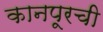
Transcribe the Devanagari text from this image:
कानपूरची